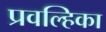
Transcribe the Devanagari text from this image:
प्रवल्हिका